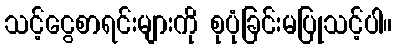
သင့်ငွေစာရင်းများကို စုပုံခြင်းမပြုသင့်ပါ။